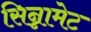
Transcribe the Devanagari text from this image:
सिन्नामेट